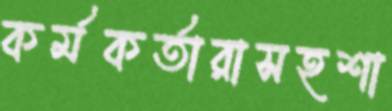
কর্মকর্তারাসহশা